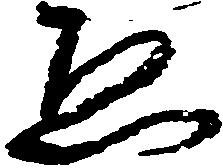
ゑ